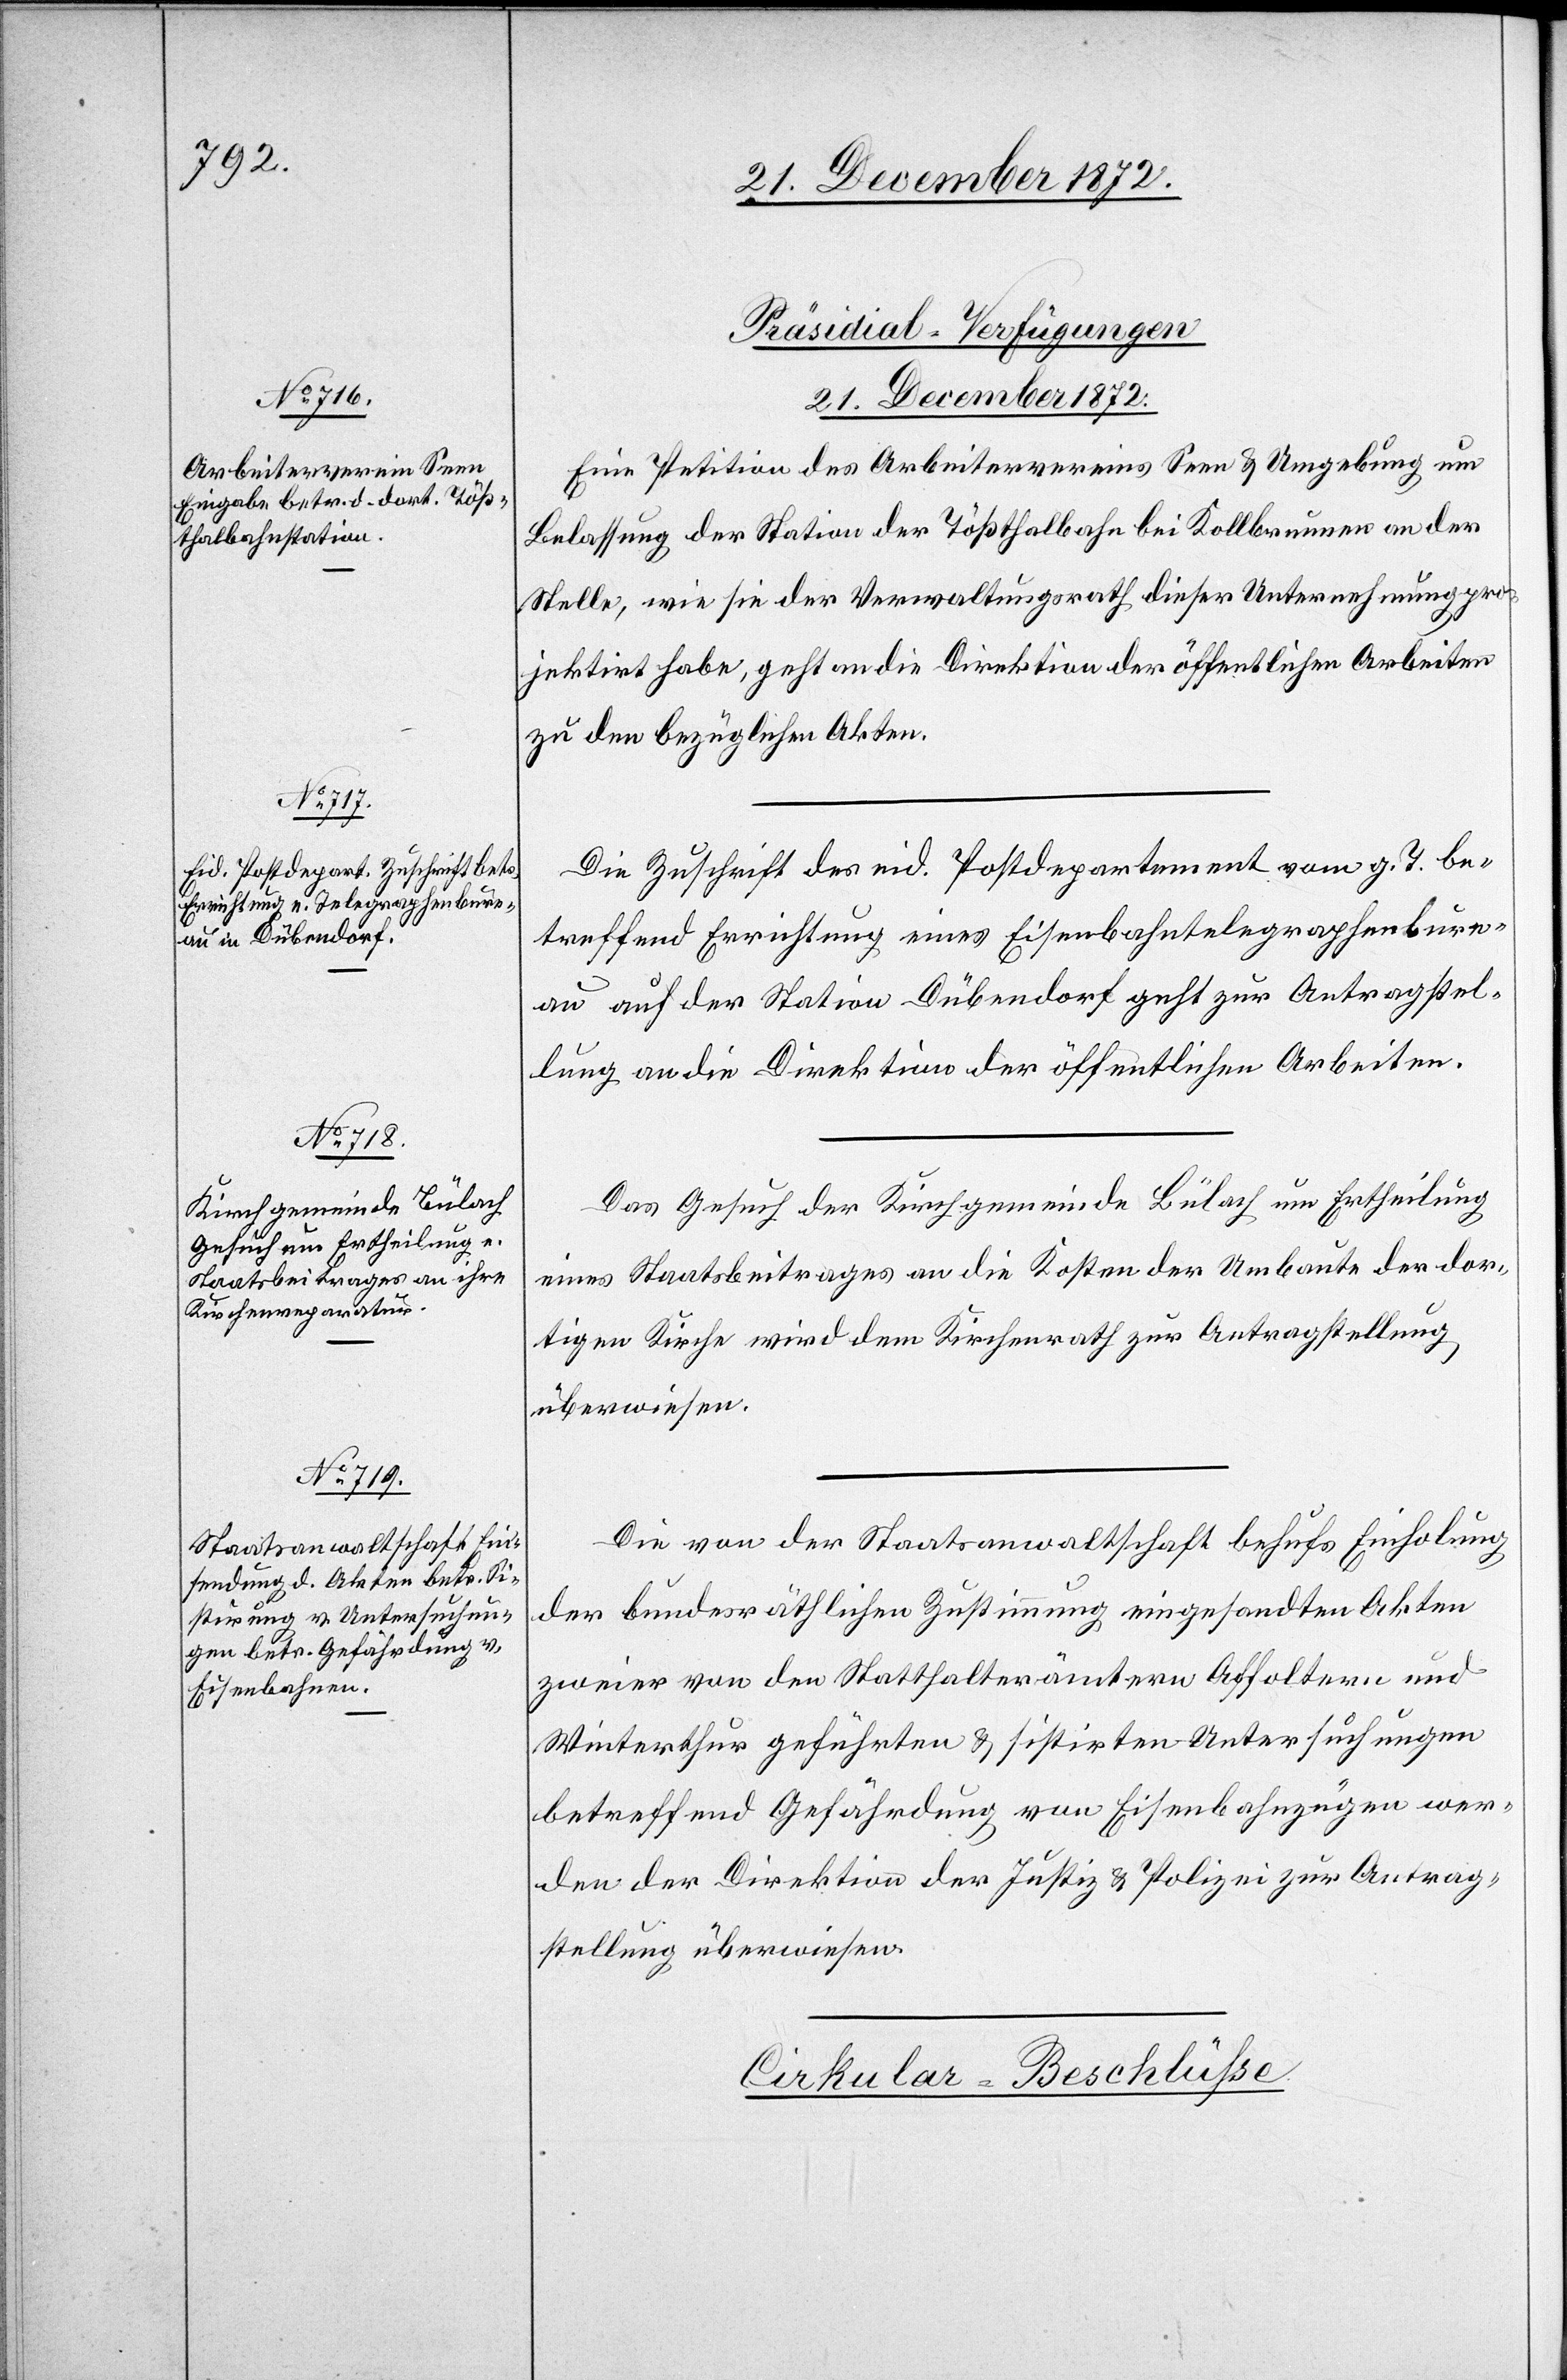
21. December 1872.]
[Präsidial-Verfügungen
Eine Petition des Arbeitervereins Seen u. Umgebung um
Belassung der Station der Tößthalbahn bei Kollbrunnen an der
Stelle, wie sie der Verwaltungsrath dieser Unternehmung pro¬
jektirt habe, geht an die Direktion der öffentlichen Arbeiten
zu den bezüglichen Akten.
Die Zuschrift des eid. Postdepartement vom g. T. be¬
treffend Errichtung eines Eisenbahntelegraphenbure¬
au auf der Station Dübendorf geht zur Antragstel¬
lung an die Direktion der öffentlichen Arbeiten.
Das Gesuch der Kirchgemeinde Bülach um Ertheilung
eines Staatsbeitrages an die Kosten der Umbaute der dor¬
tigen Kirche wird dem Kirchenrath zur Antragstellung
überwiesen.
Die von der Staatsanwaltschaft behufs Einholung
der bundsräthlichen Zustimmung eingesandten Akten
zweier von den Statthalterämtern Affoltern und
Winterthur geführten u. sistirten Untersuchungen
betreffend Gefährdung von Eisenbahnzügen wer¬
den der Direktion der Justiz u. Polizei zur Antrag¬
stellung überwiesen.